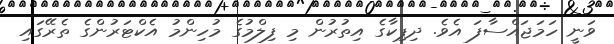
ވަނީ ހަމަޖައްސާފަ އެވެ. ދިޕިކާގެ އިތުރުން މި ފިލްމުގެ މުހިންމު އެކްޓަރުންގެ ތެރޭގައި